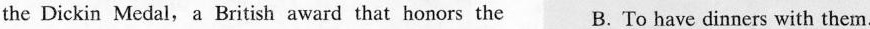
the Dickin Medal,a British award that honors the B. To have dinners with them.